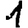
Digit: 1